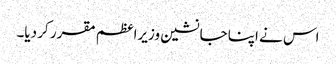
اس نے اپنا جانشین وزیراعظم مقرر کر دیا۔